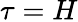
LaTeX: \tau=H